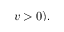
v > 0 ) ,